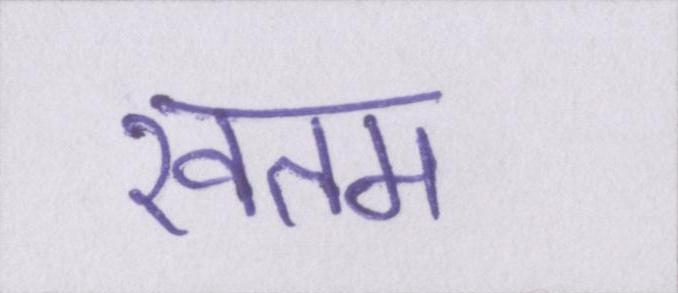
खतम